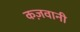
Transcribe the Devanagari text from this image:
कज़वानी